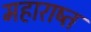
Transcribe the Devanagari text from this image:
महाराष्त